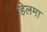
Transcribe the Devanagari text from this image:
हिलमा